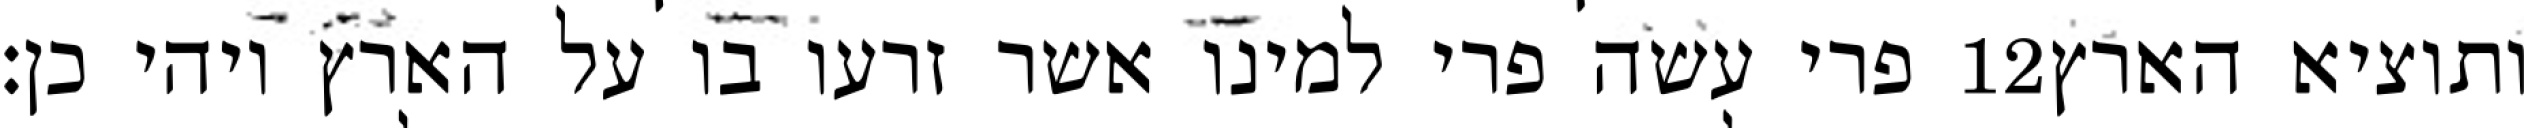
פרי עשה פרי למינו אשר זרעו בו על הארץ ויהי כן׃ ‎12‏ ותוציא הארץ